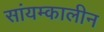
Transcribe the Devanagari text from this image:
सांयम्कालीन